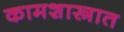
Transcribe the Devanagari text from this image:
कामशास्त्रात